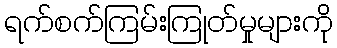
ရက်စက်ကြမ်းကြုတ်မှုများကို